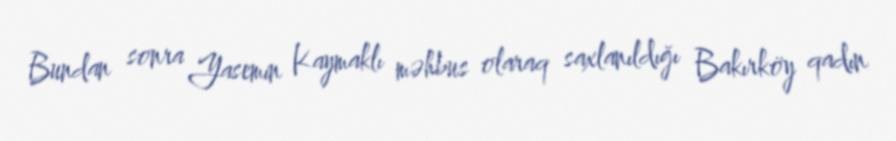
Bundan sonra Yasemin Kaymaklı məhbus olaraq saxlanıldığı Bakırköy qadın